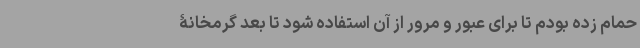
حمام زده بودم تا برای عبور و مرور از آن استفاده شود تا بعد گرمخانۀ